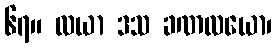
၆၇။ လယာ ဒသ ခဏလယော၊